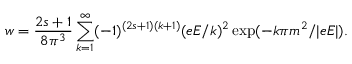
w = { \frac { 2 s + 1 } { 8 \pi ^ { 3 } } } \sum _ { k = 1 } ^ { \infty } ( - 1 ) ^ { ( 2 s + 1 ) ( k + 1 ) } ( e E / k ) ^ { 2 } \exp ( - k \pi m ^ { 2 } / | e E | ) .